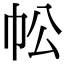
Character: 𢁷